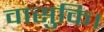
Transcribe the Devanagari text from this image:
वासुकि।